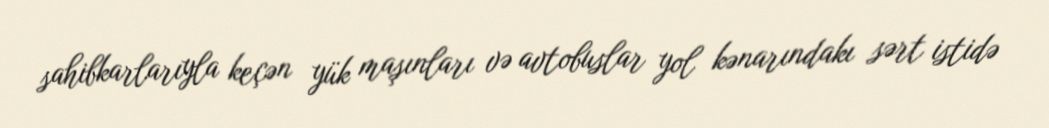
sahibkarlarıyla keçən yük maşınları və avtobuslar yol kənarındakı sərt istidə